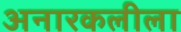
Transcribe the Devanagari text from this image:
अनारकलीला